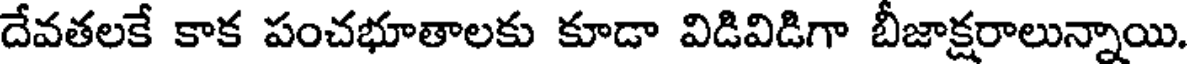
దేవతలకే కాక పంచభూతాలకు కూడా విడివిడిగా బీజాక్షరాలున్నాయి.